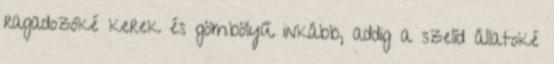
ragadozóké kerek és gömbölyű inkább, addig a szelíd állatoké